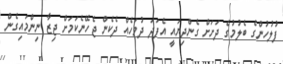
ފުލުހުންގެ ބެލުމުގެ ދަށަށް ގެންދިޔައީ އެފަދަ ދުވަހެއް ދެކެން ޖެހޭނެކަމަށް ޖިޒާ ނިންމައިގެން